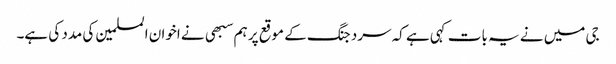
جی میں نے یہ بات کہی ہے کہ سرد جنگ کے موقع پر ہم سبهی نے اخوان المسلمین کی مدد کی ہے۔